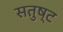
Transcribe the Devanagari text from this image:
सतुष्ट